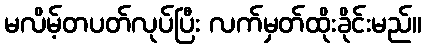
မလိမ့်တပတ်လုပ်ပြီး လက်မှတ်ထိုးခိုင်းမည်။